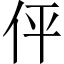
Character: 伻